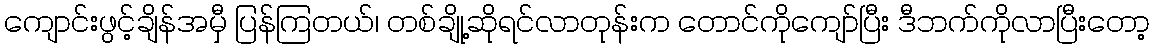
ကျောင်းဖွင့်ချိန်အမှီ ပြန်ကြတယ်၊ တစ်ချို့ဆိုရင်လာတုန်းက တောင်ကိုကျော်ပြီး ဒီဘက်ကိုလာပြီးတော့